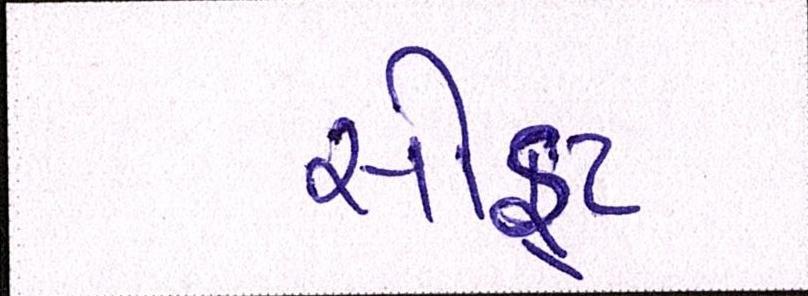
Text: સોફ્ટ